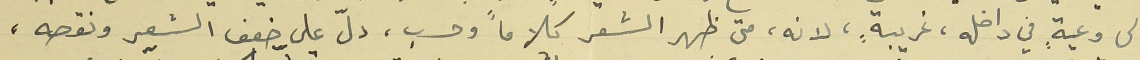
الى وعيةٍ في داخله، غريبةٍ، لانه، متى ظهر الشعر كلاماً وحسب، دلّ على ضغف الشعر ونقصه،